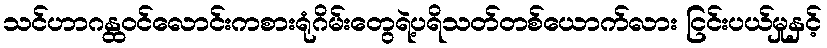
သင်ဟာဂန္ထဝင်လောင်းကစားရုံဂိမ်းတွေရဲ့ပရိသတ်တစ်ယောက်လား ငြင်းပယ်မှုနှင့်